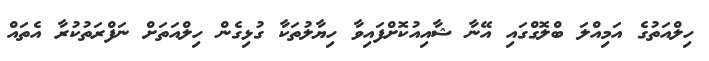
ހިލްއަތުގެ އަމިއްލަ ބްލޮގްގައި އޭނާ ޝާއިއުކޮށްފައިވާ ހިޔާލުތަކާ ގުޅިގެން ހިލްއަތަށް ނަފްރަތުކުރާ އެތައް